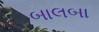
બાલબા